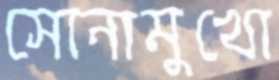
সোনামুখো